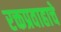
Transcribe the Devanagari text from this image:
रक्तप्रवाहाचे